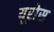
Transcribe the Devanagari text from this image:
यूरोस